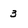
Character: 3